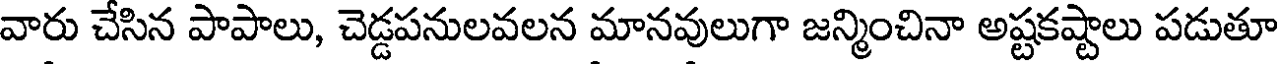
వారు చేసిన పాపాలు, చెడ్డపనులవలన మానవులుగా జన్మించినా అష్టకష్టాలు పడుతూ